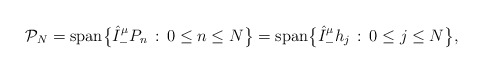
\begin{align*} {\mathcal P}_N={\rm span}\big\{\hat I_{-}^\mu P_n\,:\,0\le n\le N\big\}= {\rm span}\big\{\hat I_{-}^\mu h_j\,:\,0\le j\le N\big\}, \end{align*}